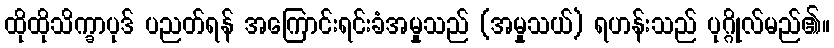
ထိုထိုသိက္ခာပုဒ် ပညတ်ရန် အကြောင်းရင်းခံအမှုသည် (အမှုသယ်) ရဟန်းသည် ပုဂ္ဂိုလ်မည်၏။